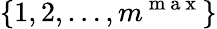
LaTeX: \{ 1,2,\ldots,m^{\mathrm{~m~a~x~}}\}